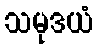
သမုဒယံ